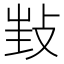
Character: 𢼟